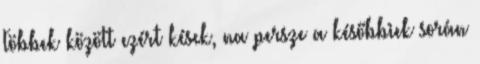
Többek között ezért kések, na persze a későbbiek során